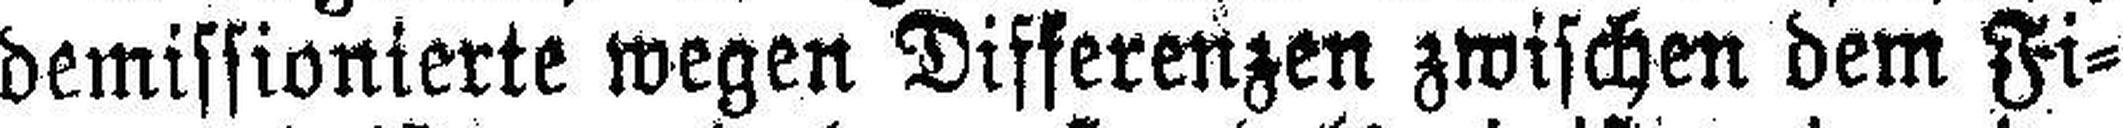
demissionierte wegen Differenzen zwischen dem Fi¬